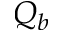
Q _ { b }